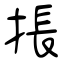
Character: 掁